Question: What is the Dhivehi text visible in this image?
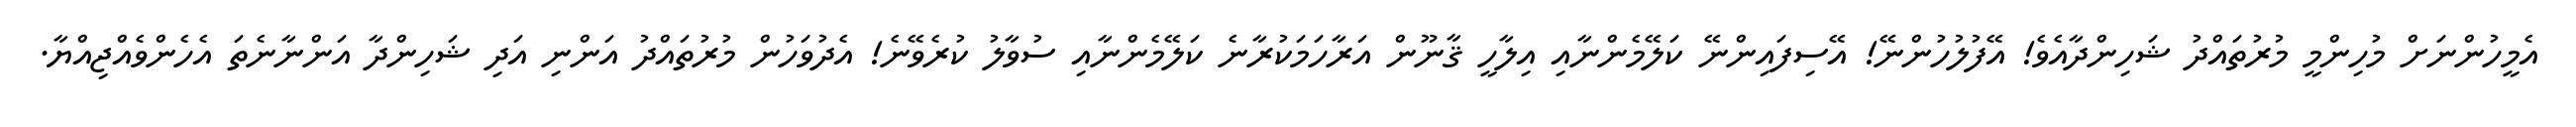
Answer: އެމީހުންނަށް މުހިންމީ މުރުތައްދު ޝަހިންދާއެވެ! އޭފުލުހުންނޭ! އޭސިފައިންނޭ ކަލޭމެންނާއި އިލާހީ ޤާނޫން އަރާހަމަކުރާނެ ކަލޭމެންނާއި ސުވާލު ކުރެވޭނެ! އެދުވަހުން މުރުތައްދު އަންނި އަދި ޝަހިންދާ އަންނާނެތަ އެހެންވެއްޖިއްޔާ.